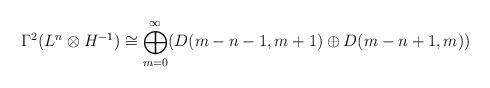
LaTeX: \begin{align*}\Gamma^2(L^n \otimes H^{-1}) \cong \bigoplus_{m=0}^\infty (D(m-n-1,m+1) \oplus D(m-n+1,m))\end{align*}